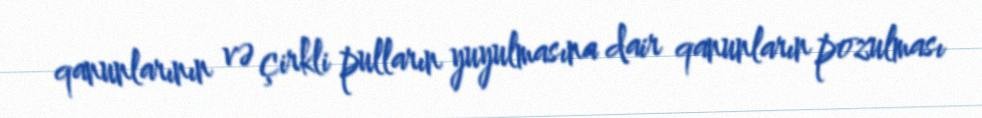
qanunlarının və çirkli pulların yuyulmasına dair qanunların pozulması